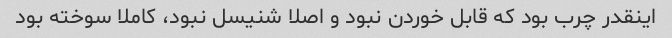
اینقدر چرب بود که قابل خوردن نبود و اصلا شنیسل نبود، کاملا سوخته بود